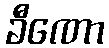
ခီဏော